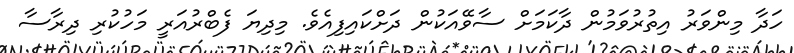
ހަދާ މިންވަރު އިތުރުވަމުން ދާކަމަށް ސާވޭއަކުން ދަށްކައިފިއެވެ. މިދިޔަ ފެބްރުއަރީ މަހުކުރި ދިރާސާ